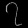
Digit: ၇